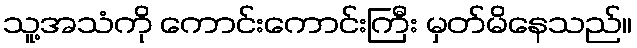
သူ့အသံကို ကောင်းကောင်းကြီး မှတ်မိနေသည်။